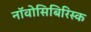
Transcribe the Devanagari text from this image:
नॉवोसिबिरिस्क